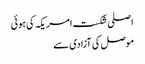
اصلی شکست امریکہ کی ہوئی
موصل کی آزادی سے